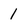
Character: 1